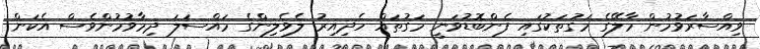
ވިއްސާރަވުމުން މާލޭގެ މަގުތަކުގައި ފެންބޮޑުވަނީ މަގުތައް ހެދިއިރު ލެވެލިންގެ މައްސަލަ ދިމާވުމުންވެސް އެކަން